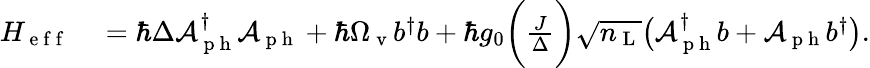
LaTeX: \begin{array}{rl}{H_{\mathrm{~e~f~f~}}}&{{}=\hbar\Delta\mathcal{A}_{\mathrm{~p~h~}}^{\dagger}\mathcal{A}_{\mathrm{~p~h~}}+\hbar\Omega_{\mathrm{~v~}}b^{\dagger}b+\hbar g_{0}\bigg(\frac{J}{\Delta}\bigg)\sqrt{n_{\mathrm{~L~}}}\big(\mathcal{A}_{\mathrm{~p~h~}}^{\dagger}b+\mathcal{A}_{\mathrm{~p~h~}}b^{\dagger}\big).}\end{array}